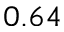
0 . 6 4